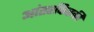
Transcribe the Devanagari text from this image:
आंतरफिरकी